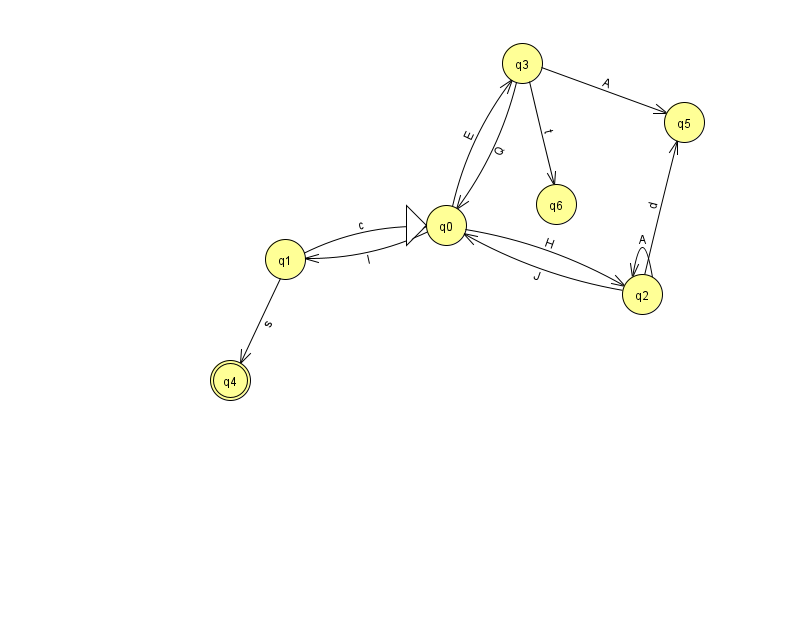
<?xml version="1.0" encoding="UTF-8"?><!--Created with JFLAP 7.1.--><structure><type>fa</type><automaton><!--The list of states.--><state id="0" name="q0"><x>446.0</x><y>212.0</y><initial/></state><state id="1" name="q1"><x>285.0</x><y>246.0</y></state><state id="2" name="q2"><x>642.0</x><y>281.0</y></state><state id="3" name="q3"><x>522.0</x><y>50.0</y></state><state id="4" name="q4"><x>230.0</x><y>367.0</y><final/></state><state id="5" name="q5"><x>684.0</x><y>109.0</y></state><state id="6" name="q6"><x>556.0</x><y>191.0</y></state><!--The list of transitions.--><transition><from>2</from><to>2</to><read>A</read></transition><transition><from>3</from><to>0</to><read>Q</read></transition><transition><from>0</from><to>1</to><read>I</read></transition><transition><from>1</from><to>4</to><read>s</read></transition><transition><from>0</from><to>3</to><read>E</read></transition><transition><from>2</from><to>0</to><read>J</read></transition><transition><from>3</from><to>5</to><read>A</read></transition><transition><from>0</from><to>2</to><read>H</read></transition><transition><from>1</from><to>0</to><read>c</read></transition><transition><from>3</from><to>6</to><read>t</read></transition><transition><from>2</from><to>5</to><read>d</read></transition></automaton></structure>